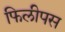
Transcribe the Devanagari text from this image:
फिलीपस